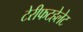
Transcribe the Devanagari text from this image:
टेरीफटहेलेट